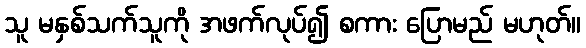
သူ မနှစ်သက်သူကို အဖက်လုပ်၍ စကား ပြောမည် မဟုတ်။